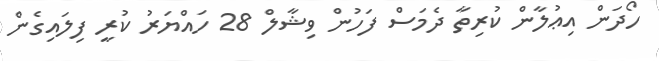
ހޯދަން އިޢުލާން ކުރިތާ ދެމަސް ފަހުން ވިޝާލް 28 ހައްޔަރު ކުރީ ފިލައިގެން